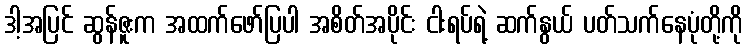
ဒါ့အပြင် ဆွန်ဇူးက အထက်ဖော်ပြပါ အစိတ်အပိုင်း ငါးရပ်ရဲ့ ဆက်နွယ် ပတ်သက်နေပုံတို့ကို